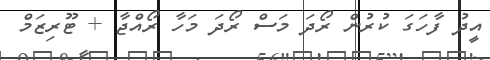
އީދު ފާހަގަ ކުރުން ރޯދަ މަސް ރޯދަ މަހާ ރޯއްޖާ + ޓޫރިޒަމް